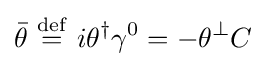
{\bar {\theta }}\ {\stackrel {\mathrm {def} }{=}}\ i\theta ^{\dagger }\gamma ^{0}=-\theta ^{\perp }C